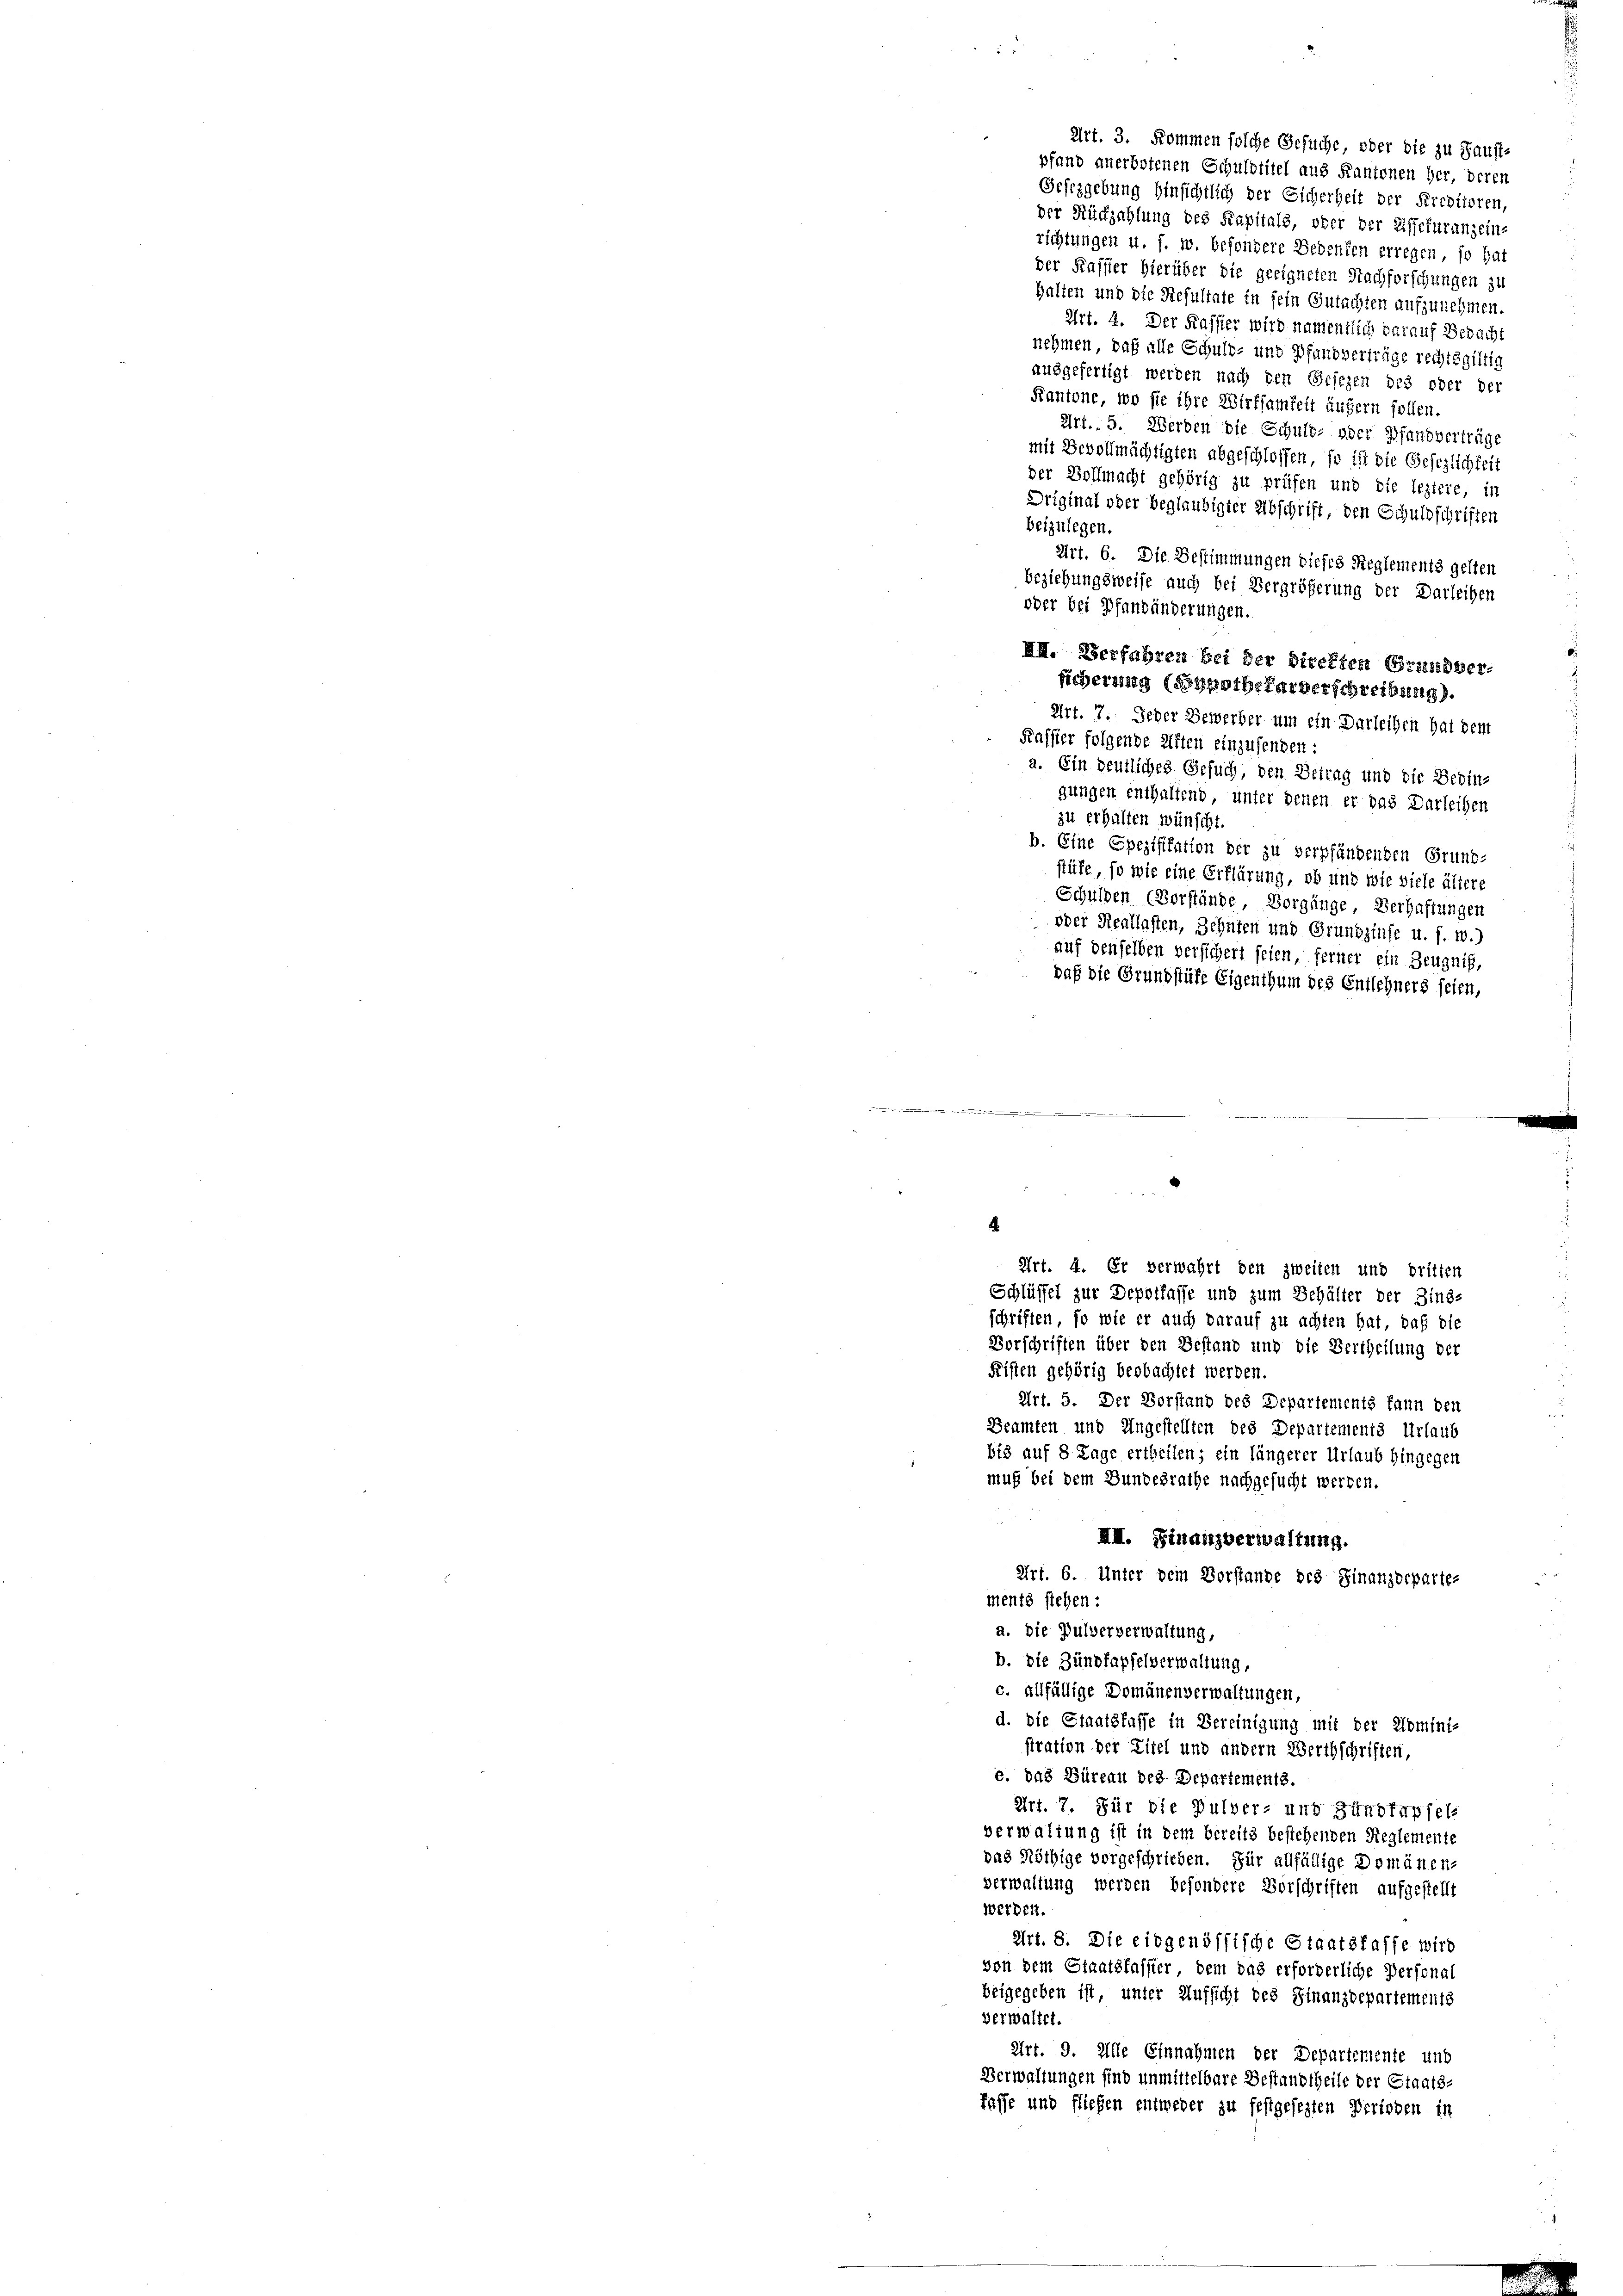
der Kassier hierüber die geeigneten Nachforschungen zu
Halten und die Resultate in sein Gutachten aufzunehmen.
Art. 4. Der Kassier wird namentlich darauf Bedacht
nehmen, daß alle Schuld- und Pfandverträge rechtsgültig
ausgefertigt werden nach den Gesezen des oder der
Kantone, wo sie ihre Wirksamkeit äufern sollen.
Art. 5. Werden die Schuld- oder Pfandverträge
mit Bevollmächtigten abgeschlossen, so ist die Gesezlichkeit
der Vollmacht gehörig zu prüfen und die leztere, in
Driginal oder beglaubigter Abschrift, den Schuldschriften
beizulegen.
Art. 6. Die Bestimmungen dieses Reglements gelten
beziehungsweise auch bei Vergrößerung der Darleihen
oder bei Pfandänderungen.
III. Verfahren bei der Direkten Grundver-
ficherung (Sypothekarverschreibung).
Art. 7. Jeder Bewerber um ein Darleihen hat dem
Kassier folgende Alten einzusenden:
a. Ein deutliches Gesuch, den Betrag und die Bedin-
gungen enthaltend, unter denen er das Darleihen
zu erhalten wünscht.
b. Eine Spezifikation der zu verpfändenden Grund-
stüfe, so wie eine Erklärung, ob und wie viele ältere
Schulden (Vorstände, Vorgänge, Verhaftungen
oder Reallasten, Zehnten und Grundzinse u. s. w.)
auf denselben versichert seien, ferner ein Zeugnis,
daß die Grundstüke Eigenthum des Entlehners seien,
.
.
Art. 4. Er verwahrt den zweiten und dritten
Schlüssel zur Depotfasse und zum Behälter der Zins-
schriften, so wie er auch darauf zu achten hat, daß die
Vorschriften über den Bestand und die Vertheilung der
Fisten gehörig beobachtet werden.
Art. 5. Der Vorstand des Departements kann den
Beamten und Ungestellten des Departements Urlaub
bis auf 8 Tage ertheilen; ein längerer Urlaub hingegen
muß bei dem Bundesrathe nachgesucht werden.
III. Finanzverwaltung.
Art. 6. Unter dem Vorstande des Finanzdeparte-
ments stehen.
a. die Pulververwaltung,
b. die Zündfapfelverwaltung,
c. allfällige Domänenverwaltungen,
d. die Staatsfasse in Bereinigung mit der Domini-
stration der Zitel und andern Werthschriften,
e. das Büreau des Departements.
Art. 7. Für die Pulver- und Bündtapfels
verwaltung ist in dem bereits bestehenden Reglemente
das Nöthige vorgeschrieben. Für allfällige Domänen-
verwaltung werden besondere Vorschriften aufgestellt
werden.
Art. 8. Die eidgenössische Staatskasse wird
von dem Staatsfassier, dem das erforderliche Personal
beigegeben ist, unter Aufsicht des Finanzdepartements
verwaltet.
Art. 9. Alle Einnahmen der Departemente und
Verwaltungen sind unmittelbare Bestandtheile der Staats-
fasse und fließen entweder zu festgesezten Perioden in

Art. 3. Kommen solche Gesuche oder die zu Haust-
pfand anerbotenen Schuldtitel aus Kantonen her, deren
Gefizgebung hinsichtlich der Sicherheit der Preditoren,
der Rückzahlung des Kapitals, oder der Dissekuranz ein-
richtungen u. s. w. besondere Bedenten erregen, so hat